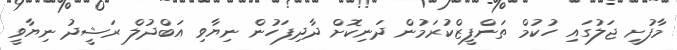
މާފުށީ ޖަލުގައި ހުކުމް ތަންފީޒްކުރަމުން ދަނިކޮށް ދާދިފަހުން ނިޔާވި އަބްދުލް ރަޝީދު ނިޔާވީ